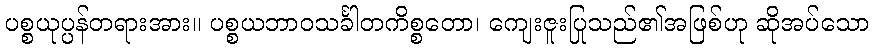
ပစ္စယုပ္ပန်တရားအား။ ပစ္စယဘာဝသင်္ခါတကိစ္စတော၊ ကျေးဇူးပြုသည်၏အဖြစ်ဟု ဆိုအပ်သော